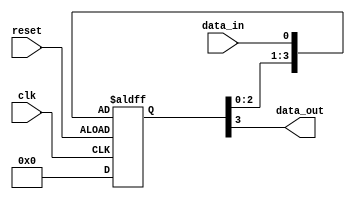
module four_flop_synchronizer (
    input wire clk,             // Input clock signal
    input wire reset,           // Reset signal
    input wire data_in,         // Input data signal to be synchronized
    output reg data_out         // Synchronized output data signal
);

reg [3:0] registers;

always @(posedge clk or negedge reset) begin
    if (reset) begin
        registers <= 4'b0;      // Reset all flip-flops to 0
    end else begin
        // Shift data through the four flip-flops
        registers <= {registers[2:0], data_in};
    end
end

assign data_out = registers[3]; // Output synchronized data from the last flip-flop

endmodule